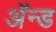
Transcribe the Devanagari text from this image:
ॲन्‍ड